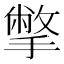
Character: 撆